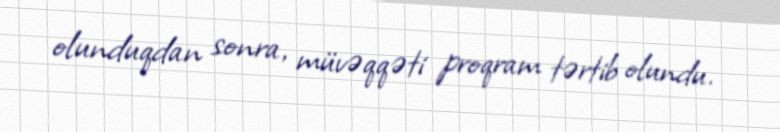
olunduqdan sonra, müvəqqəti proqram tərtib olundu.